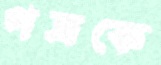
পত্রকে